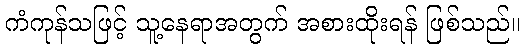
ကံကုန်သဖြင့် သူ့နေရာအတွက် အစားထိုးရန် ဖြစ်သည်။